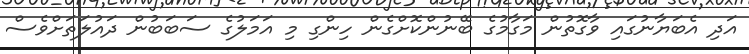
އަދި އެބަޔާނުގައި ވާގޮތުން މަގާމުގެ ބޭނުންކޮށްގެން ހިންގި މި އަމަލުގެ ސަބަބުން ދައުލަތަށްވެސް